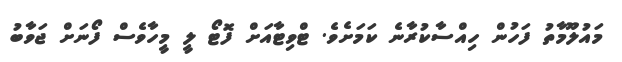
މައުލޫމާތު ފަހުން ހިއްސާކުރާނެ ކަމަށެވެ. ޓްވިޓާއަށް ފޮޓޯ ލީ މީހާވެސް ފޯނަށް ޖަވާބު